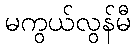
မကွယ်လွန်မီ